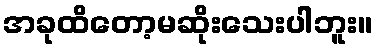
အခုထိတော့မဆိုးသေးပါဘူး။